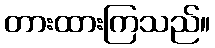
တားထားကြသည်။